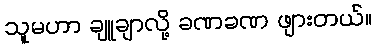
သူမဟာ ချူချာလို့ ခဏခဏ ဖျားတယ်။